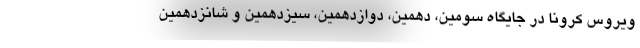
ویروس کرونا در جایگاه سومین، دهمین، دوازدهمین، سیزدهمین و شانزدهمین